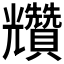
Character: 𧹍